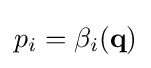
p_{i}=\beta _{i}(\mathbf {q} )